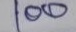
100